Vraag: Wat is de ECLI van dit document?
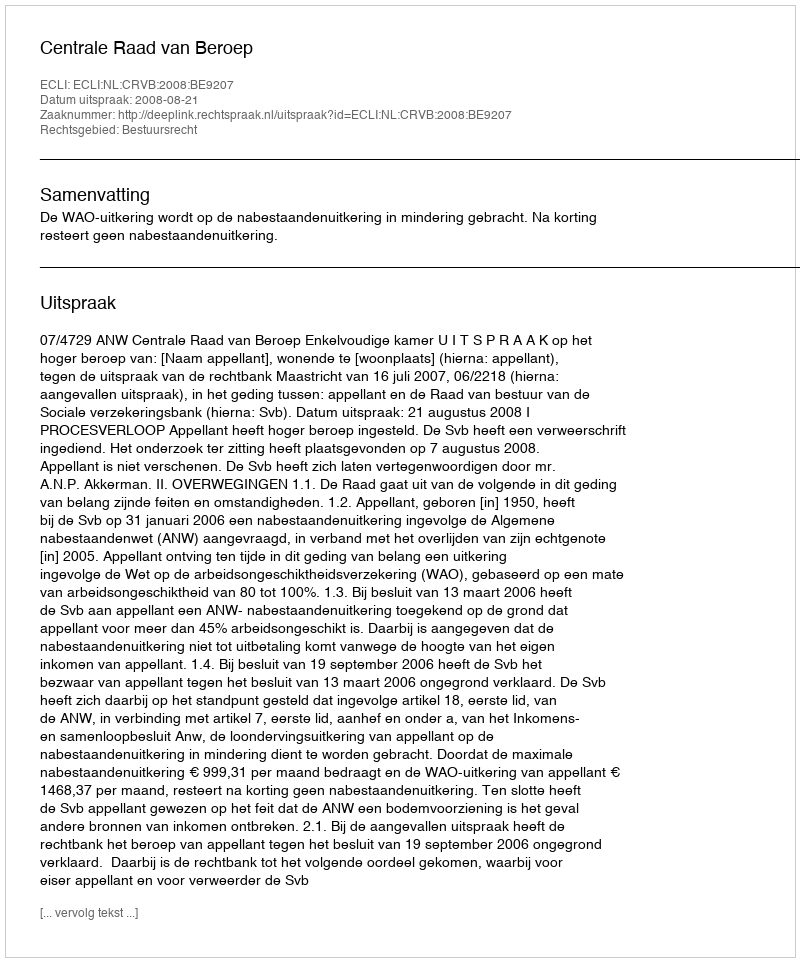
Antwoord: ECLI:NL:CRVB:2008:BE9207